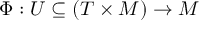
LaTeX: \Phi : U \subseteq ( T \times M ) \to M